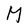
Character: M